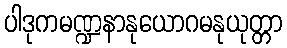
ပါဒုကမဏ္ဍနာနုယောဂမနုယုတ္တာ